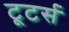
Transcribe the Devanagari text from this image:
टूटर्स